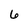
Character: 6